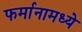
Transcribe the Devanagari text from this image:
फर्मानामध्ये